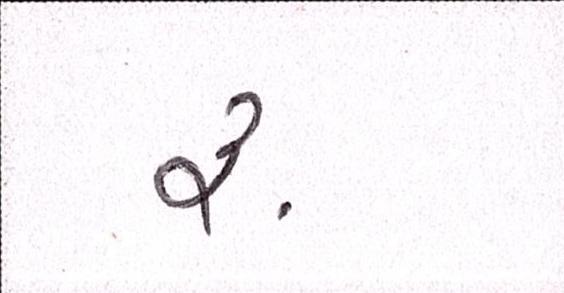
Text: ૱